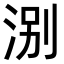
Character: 𪶃